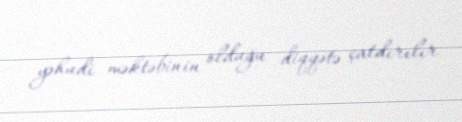
yəhudi məktəbinin olduğu diqqətə çatdırılır.